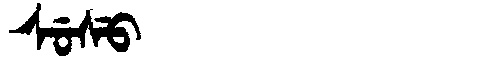
Manchu: ᠰᡠᠰᡠ
Romanization: SUSU